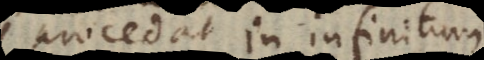
procedat in infinitum